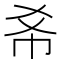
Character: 𢁫